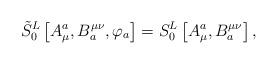
LaTeX: \begin{align*}\tilde S_0^L\left[ A_\mu ^a,B_a^{\mu \nu },\varphi _a\right]=S_0^L\left[ A_\mu ^a,B_a^{\mu \nu }\right] ,\end{align*}